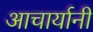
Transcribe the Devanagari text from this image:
आचार्यानी